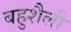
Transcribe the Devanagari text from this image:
बहुशैली